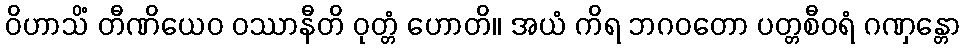
ဝိဟာသိံ တီဏိယေဝ ဝဿာနီတိ ဝုတ္တံ ဟောတိ။ အယံ ကိရ ဘဂဝတော ပတ္တစီဝရံ ဂဏှန္တော